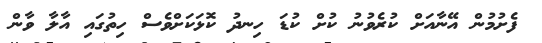
ފެށުމުން އޭނާއަށް ކުރެވުނު ކުށް ކުޑަ ހިނދު ކޮޅަކަށްވެސް ހިތުގައި އާލާ ވާން